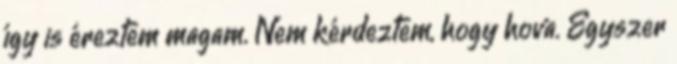
így is éreztem magam. Nem kérdeztem, hogy hova. Egyszer